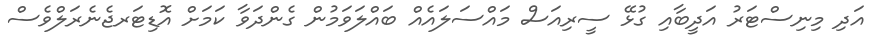
އަދި މިނިސްޓަރު އަދީބާއި ގުޅޭ ސީރިއަސް މައްސަލައެއް ބައްލަވަމުން ގެންދަވާ ކަމަށް އޮޑިޓަރޖެނެރަލްވެސް